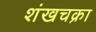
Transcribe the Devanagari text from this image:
शंखचक्रा